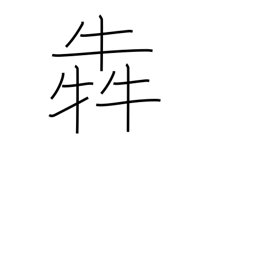
Meaning: clamour